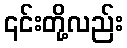
၎င်းတို့လည်း